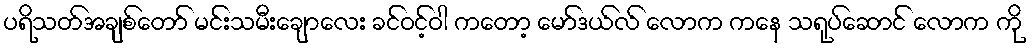
ပရိသတ်အချစ်တော် မင်းသမီးချောလေး ခင်ဝင့်ဝါ ကတော့ မော်ဒယ်လ် လောက ကနေ သရုပ်ဆောင် လောက ကို